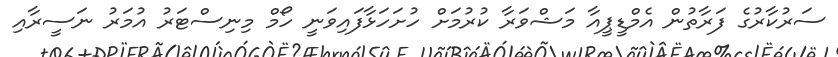
ސަރުކާރުގެ ފަރާތުން އެމްޑީޕީއާ މަޝްވަރާ ކުރުމަށް ހުށަހަޅާފައިވަނީ ހޯމް މިނިސްޓަރު އުމަރު ނަސީރާއި